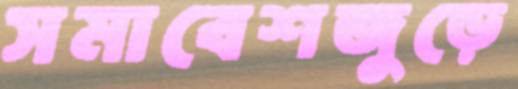
সমাবেশজুড়ে